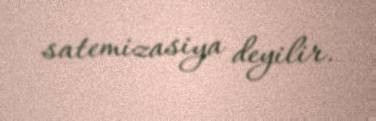
satemizasiya deyilir.